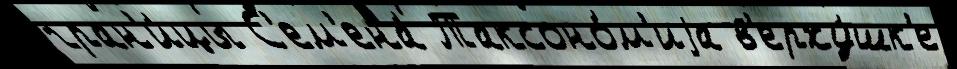
гран'и́цы С'ем'ена́ Таксоно́м'иjа в'ерху́шк'е